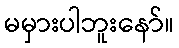
မမှားပါဘူးနော်။